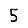
Digit: 5